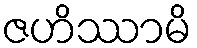
ဇဟိဿာမိ